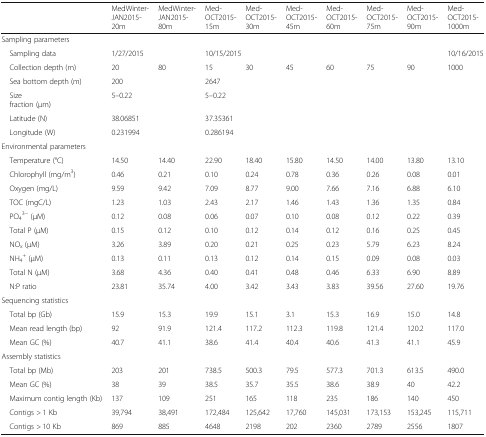
<table><thead><tr><td></td><td><b>MedWinter-JAN2015-20m</b></td><td><b>MedWinter-JAN2015-80m</b></td><td><b>Med-OCT2015-15m</b></td><td><b>Med-OCT2015-30m</b></td><td><b>Med-OCT2015-45m</b></td><td><b>Med-OCT2015-60m</b></td><td><b>Med-OCT2015-75m</b></td><td><b>Med-OCT2015-90m</b></td><td><b>Med-OCT2015-1000m</b></td></tr></thead><tbody><tr><td colspan="10">Sampling parameters</td></tr><tr><td> Sampling data</td><td colspan="2">1/27/2015</td><td colspan="6">10/15/2015</td><td>10/16/2015</td></tr><tr><td> Collection depth (m)</td><td>20</td><td>80</td><td>15</td><td>30</td><td>45</td><td>60</td><td>75</td><td>90</td><td>1000</td></tr><tr><td> Sea bottom depth (m)</td><td colspan="2">200</td><td colspan="7">2647</td></tr><tr><td> Size fraction (μm)</td><td colspan="2">5–0.22</td><td colspan="7">5–0.22</td></tr><tr><td> Latitude (N)</td><td colspan="2">38.06851</td><td colspan="7">37.35361</td></tr><tr><td> Longitude (W)</td><td colspan="2">0.231994</td><td colspan="7">0.286194</td></tr><tr><td colspan="10">Environmental parameters</td></tr><tr><td> Temperature (°C)</td><td>14.50</td><td>14.40</td><td>22.90</td><td>18.40</td><td>15.80</td><td>14.50</td><td>14.00</td><td>13.80</td><td>13.10</td></tr><tr><td> Chlorophyll (mg/m<sup>3</sup>)</td><td>0.46</td><td>0.21</td><td>0.10</td><td>0.24</td><td>0.78</td><td>0.36</td><td>0.26</td><td>0.08</td><td>0.01</td></tr><tr><td> Oxygen (mg/L)</td><td>9.59</td><td>9.42</td><td>7.09</td><td>8.77</td><td>9.00</td><td>7.66</td><td>7.16</td><td>6.88</td><td>6.10</td></tr><tr><td> TOC (mgC/L)</td><td>1.23</td><td>1.03</td><td>2.43</td><td>2.17</td><td>1.46</td><td>1.43</td><td>1.36</td><td>1.35</td><td>0.84</td></tr><tr><td> PO<sub>4</sub><sup>3−</sup> (μM)</td><td>0.12</td><td>0.08</td><td>0.06</td><td>0.07</td><td>0.10</td><td>0.08</td><td>0.12</td><td>0.22</td><td>0.39</td></tr><tr><td> Total P (μM)</td><td>0.15</td><td>0.12</td><td>0.10</td><td>0.12</td><td>0.14</td><td>0.12</td><td>0.16</td><td>0.25</td><td>0.45</td></tr><tr><td> NO<sub>x</sub> (μM)</td><td>3.26</td><td>3.89</td><td>0.20</td><td>0.21</td><td>0.25</td><td>0.23</td><td>5.79</td><td>6.23</td><td>8.24</td></tr><tr><td> NH<sub>4</sub><sup>+</sup> (μM)</td><td>0.13</td><td>0.11</td><td>0.13</td><td>0.12</td><td>0.14</td><td>0.15</td><td>0.09</td><td>0.08</td><td>0.03</td></tr><tr><td> Total N (μM)</td><td>3.68</td><td>4.36</td><td>0.40</td><td>0.41</td><td>0.48</td><td>0.46</td><td>6.33</td><td>6.90</td><td>8.89</td></tr><tr><td> N:P ratio</td><td>23.81</td><td>35.74</td><td>4.00</td><td>3.42</td><td>3.43</td><td>3.83</td><td>39.56</td><td>27.60</td><td>19.76</td></tr><tr><td colspan="10">Sequencing statistics</td></tr><tr><td> Total bp (Gb)</td><td>15.9</td><td>15.3</td><td>19.9</td><td>15.1</td><td>3.1</td><td>15.3</td><td>16.9</td><td>15.0</td><td>14.8</td></tr><tr><td> Mean read length (bp)</td><td>92</td><td>91.9</td><td>121.4</td><td>117.2</td><td>112.3</td><td>119.8</td><td>121.4</td><td>120.2</td><td>117.0</td></tr><tr><td> Mean GC (%)</td><td>40.7</td><td>41.1</td><td>38.6</td><td>41.4</td><td>40.4</td><td>40.6</td><td>41.3</td><td>41.1</td><td>45.9</td></tr><tr><td colspan="10">Assembly statistics</td></tr><tr><td> Total bp (Mb)</td><td>203</td><td>201</td><td>738.5</td><td>500.3</td><td>79.5</td><td>577.3</td><td>701.3</td><td>613.5</td><td>490.0</td></tr><tr><td> Mean GC (%)</td><td>38</td><td>39</td><td>38.5</td><td>35.7</td><td>35.5</td><td>38.6</td><td>38.9</td><td>40</td><td>42.2</td></tr><tr><td> Maximum contig length (Kb)</td><td>137</td><td>109</td><td>251</td><td>165</td><td>118</td><td>235</td><td>186</td><td>140</td><td>450</td></tr><tr><td> Contigs &gt; 1 Kb</td><td>39,794</td><td>38,491</td><td>172,484</td><td>125,642</td><td>17,760</td><td>145,031</td><td>173,153</td><td>153,245</td><td>115,711</td></tr><tr><td> Contigs &gt; 10 Kb</td><td>869</td><td>885</td><td>4648</td><td>2198</td><td>202</td><td>2360</td><td>2789</td><td>2556</td><td>1807</td></tr></tbody></table>